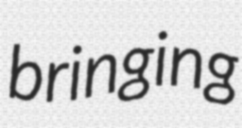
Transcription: bringing